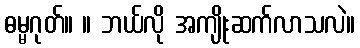
ဓမ္မဂုတ်။ ။ ဘယ်လို အကျိုးဆက်လာသလဲ။